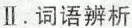
Ⅱ.词语辨析